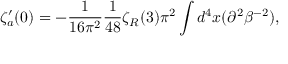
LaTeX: \zeta _ { a } ^ { \prime } ( 0 ) = - { \frac { 1 } { 1 6 \pi ^ { 2 } } } { \frac { 1 } { 4 8 } } \zeta _ { R } ( 3 ) \pi ^ { 2 } \int d ^ { 4 } x ( \partial ^ { 2 } \beta ^ { - 2 } ) ,